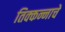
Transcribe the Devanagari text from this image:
तिक्कन्नाचे